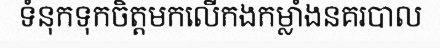
ទំនុកទុកចិត្តមកលើកងកម្លាំងនគរបាល